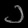
Digit: ၁